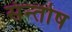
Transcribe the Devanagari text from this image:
संन्‍तोष